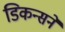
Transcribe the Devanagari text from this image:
डिकन्सने